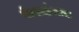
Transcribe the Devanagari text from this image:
वेबसाईटसचा